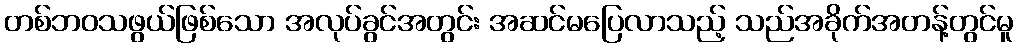
တစ်ဘဝသဖွယ်ဖြစ်သော အလုပ်ခွင်အတွင်း အဆင်မပြေလာသည့် သည်အခိုက်အတန့်တွင်မူ